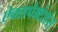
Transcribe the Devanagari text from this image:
ऐक्सपेक्टेशंस